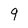
Character: 9